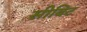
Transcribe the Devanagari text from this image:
सीबिट